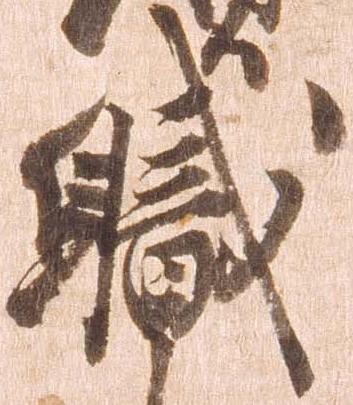
職